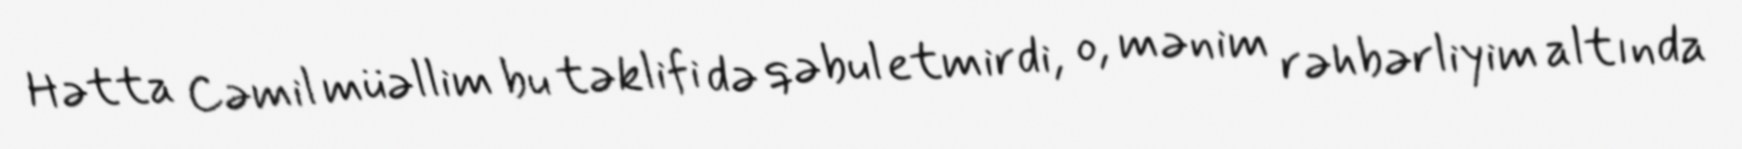
Hətta Cəmil müəllim bu təklifi də qəbul etmirdi, o, mənim rəhbərliyim altında